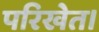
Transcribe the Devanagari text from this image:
परिखेत।